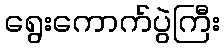
ရွေးကောက်ပွဲကြီး